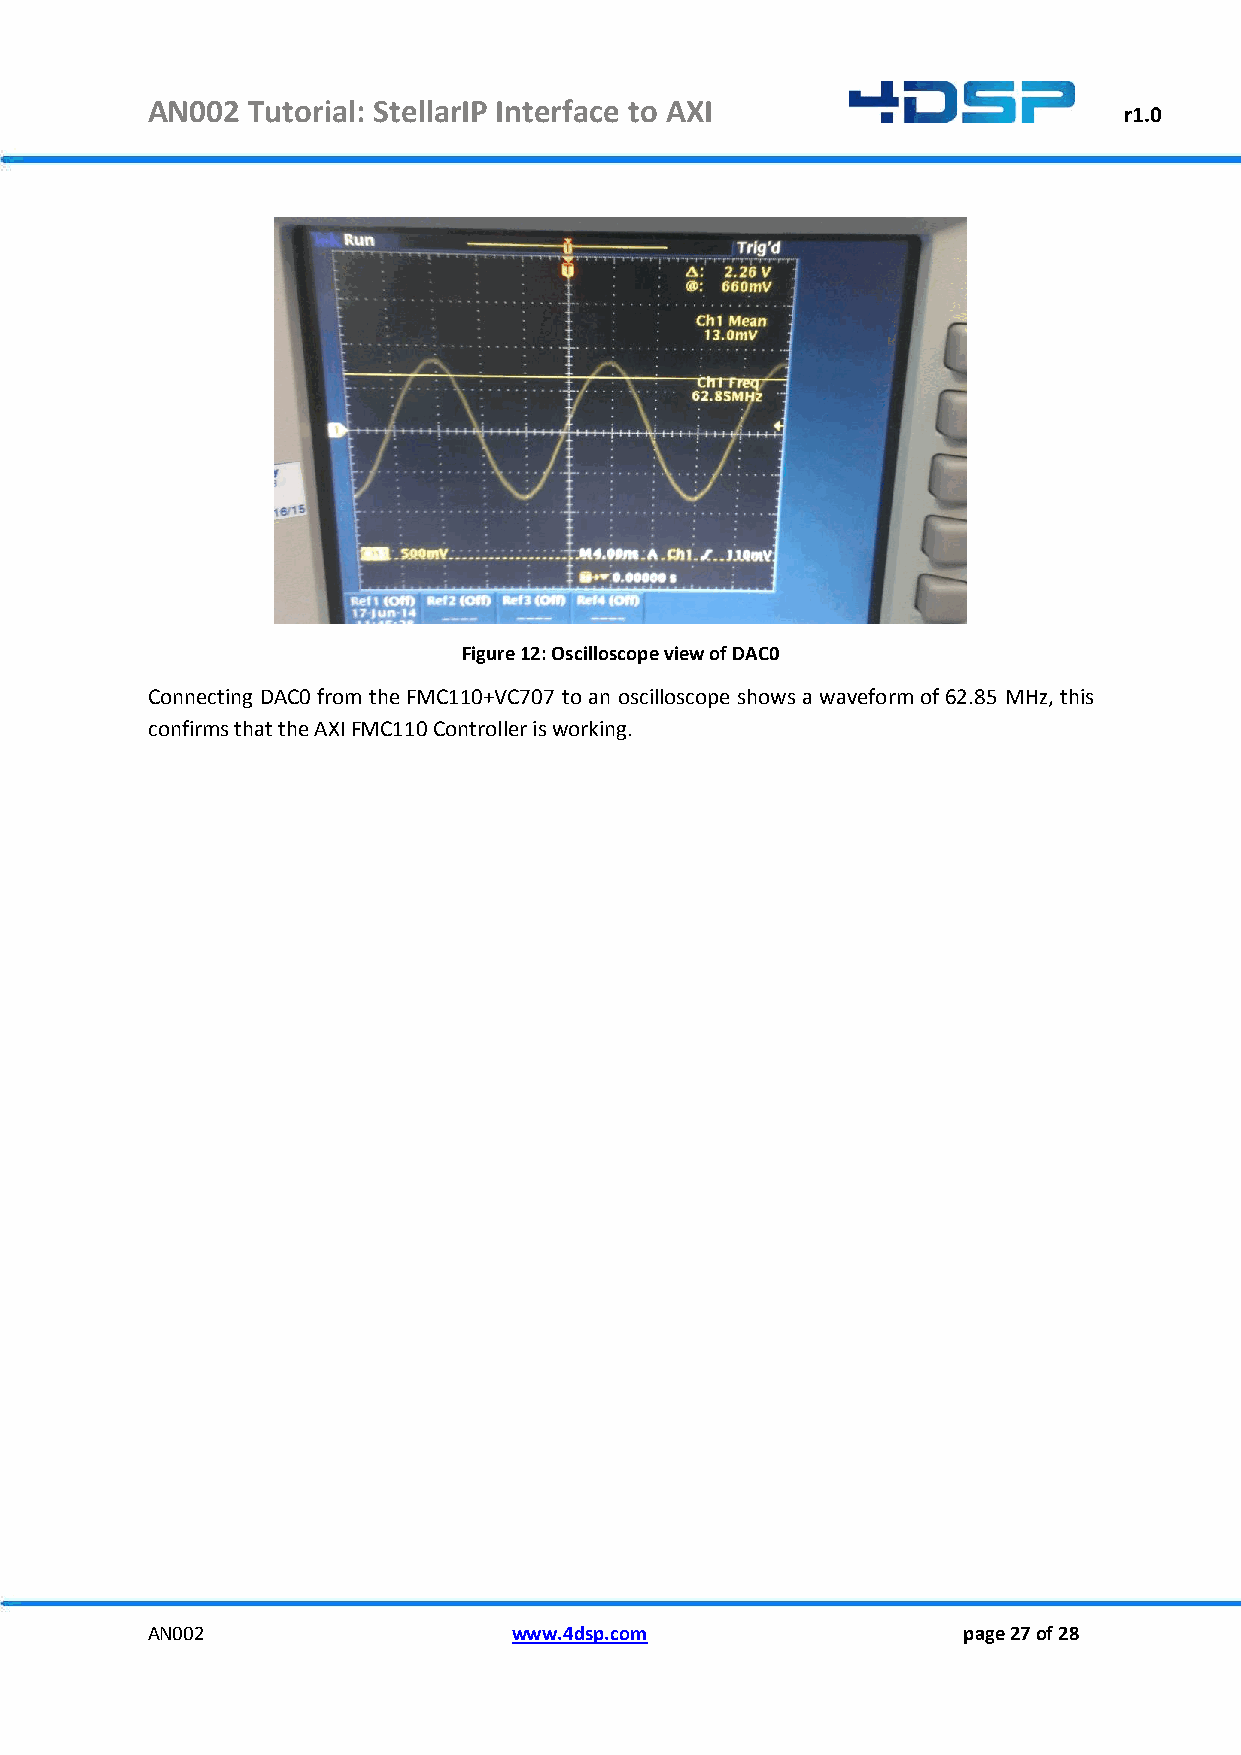
AN002 Tutorial: StellarIP Interface to AXI
 r1.0
 Figure 12: Oscilloscope view of DAC0
 Connecting DAC0 from the FMC110+VC707 to an oscilloscope shows a waveform of 62.85 MHz, this
 confirms that the AXI FMC110 Controller is working.
 AN002                   www.4dsp.com                  page 27 of 28